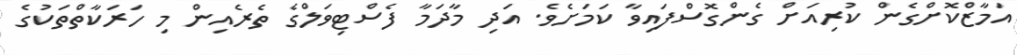
އަމާޒްކޮށްގެން ކުރިއަށް ގެންގޮސްފައިވާ ކަމަށެވެ. އަދި މާދަމާ ފެސްޓިވަލްގެ ތެރެއިން މި ހަރަކާތްތަކުގެ